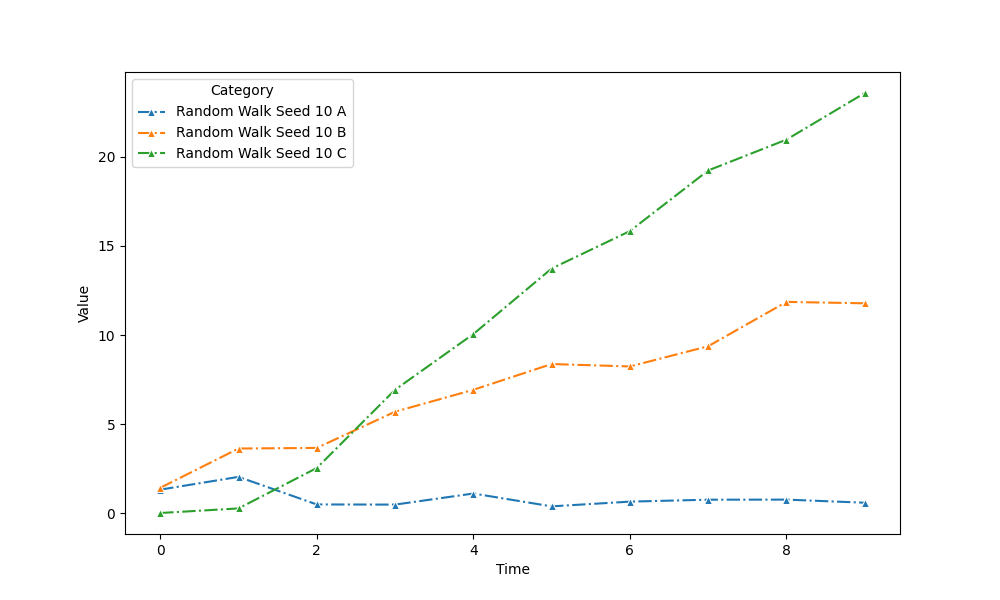
python, seaborn, lineplot, style='dashdot', marker='^'